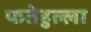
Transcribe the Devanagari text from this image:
फतेहुल्ला